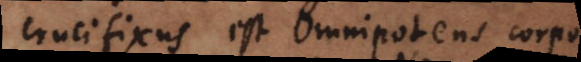
crucifixus est omnipotens corpore